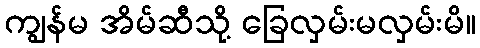
ကျွန်မ အိမ်ဆီသို့ ခြေလှမ်းမလှမ်းမိ။